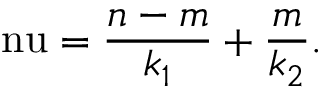
\mathrm { \ n u } = \frac { n - m } { k _ { 1 } } + \frac { m } { k _ { 2 } } .